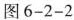
图6-2-2